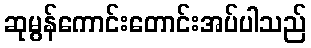
ဆုမွန်ကောင်းတောင်းအပ်ပါသည်